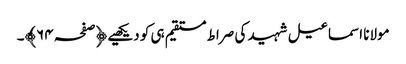
مولانا اسماعیل شہید کی صراط مستقیم ہی کو دیکھیے ﴿صفحہ ٦۴﴾۔